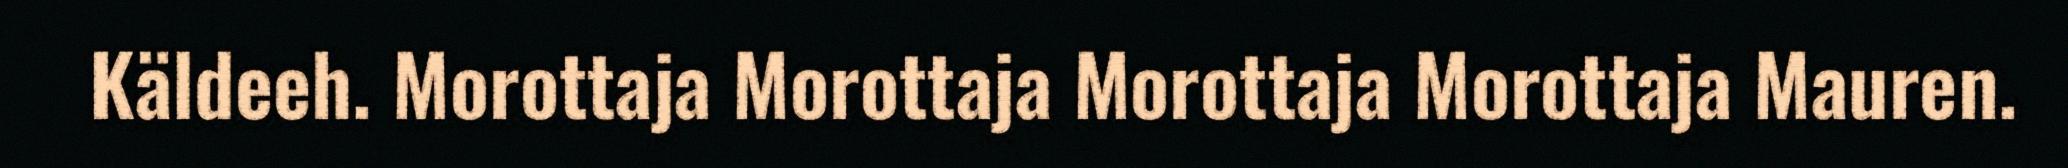
Käldeeh. Morottaja Morottaja Morottaja Morottaja Mauren.